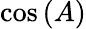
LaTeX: \cos\left(A\right)